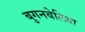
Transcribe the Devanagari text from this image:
बुगनबेलिया